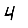
Digit: 4